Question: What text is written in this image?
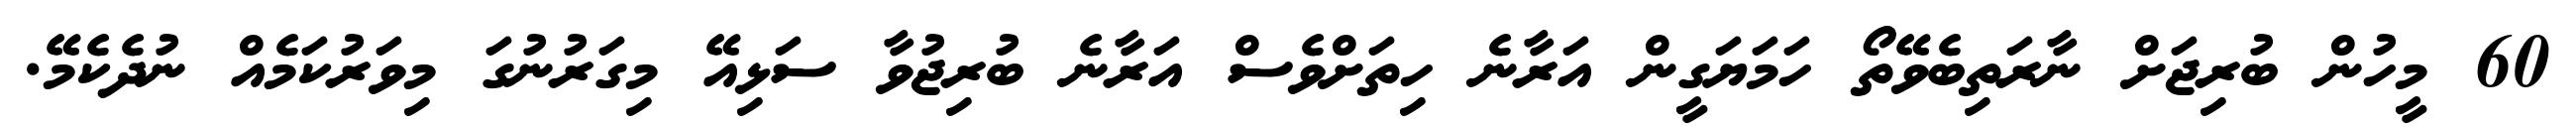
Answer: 60 މީހުން ބުރިޖަށް ނާރަތިބެވޭތޯ ހަމަޔަގީން އަރާނެ ހިތަށްވެސް އަރާނެ ބުރިޖުވާ ސަޅިއޭ މިގަރުނުގަ މިވަރުކަމެއް ނުދެކެމޭ.